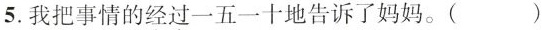
5.我把事情的\underset{·}{经}\underset{·}{过}一五一十地告诉了妈妈。( )